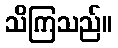
သိကြသည်။